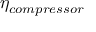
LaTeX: \eta _ { c o m p r e s s o r }